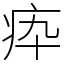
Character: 疩